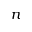
n